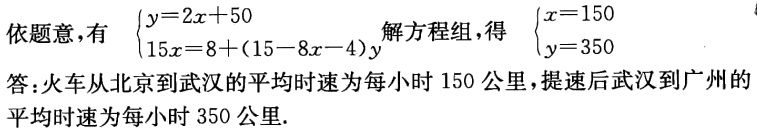
依题意，有 \(\begin{cases}y = 2x + 50\\15x = 8+(15 - 8x - 4)y\end{cases}\) 解方程组，得 \(\begin{cases}x = 150\\y = 350\end{cases}\)

答：火车从北京到武汉的平均时速为每小时 150 公里，提速后武汉到广州的平均时速为每小时 350 公里.